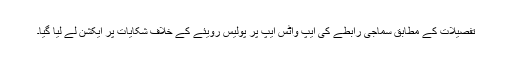
تفصیلات کے مطابق سماجی رابطے کی ایپ واٹس ایپ پر پولیس رویئے کے خلاف شکایات پر ایکشن لے لیا گیا۔